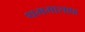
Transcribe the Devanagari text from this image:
थममासाफ